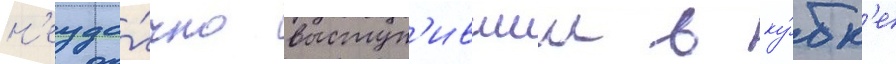
н'еуда́чно выступ'ившии в ку́бк'е